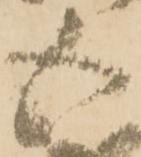
五